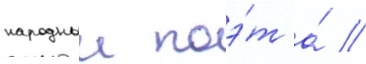
народныи поэ́т а́ //